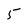
Character: 5